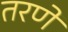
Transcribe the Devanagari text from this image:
तरणे